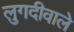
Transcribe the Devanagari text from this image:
लुगदीवाले